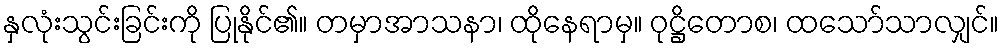
နှလုံးသွင်းခြင်းကို ပြုနိုင်၏။ တမှာအာသနာ၊ ထိုနေရာမှ။ ဝုဋ္ဌိတောစ၊ ထသော်သာလျှင်။